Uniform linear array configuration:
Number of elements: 8
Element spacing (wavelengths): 0.5
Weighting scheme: kaiser
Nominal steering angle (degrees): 30
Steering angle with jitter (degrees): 31.918
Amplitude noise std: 0.05
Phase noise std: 0.05

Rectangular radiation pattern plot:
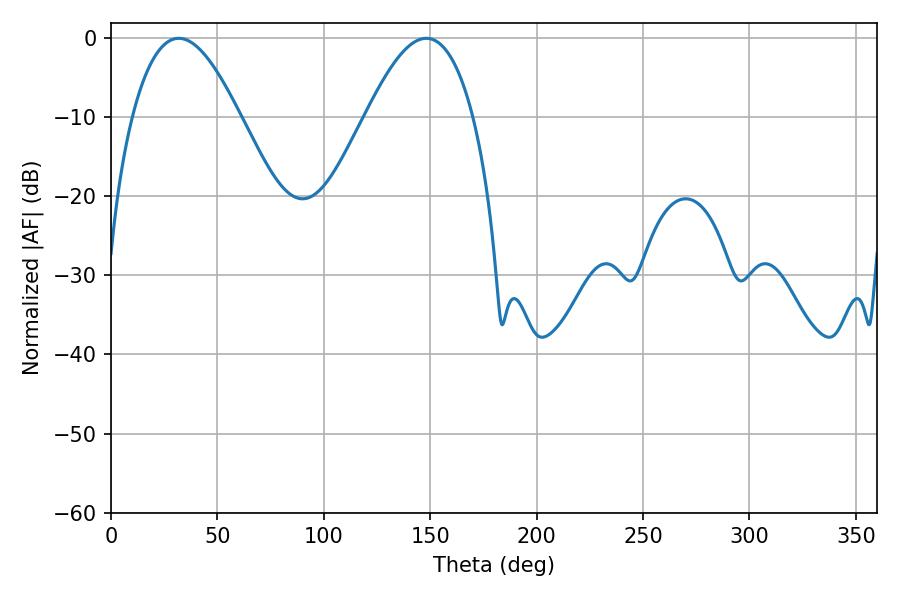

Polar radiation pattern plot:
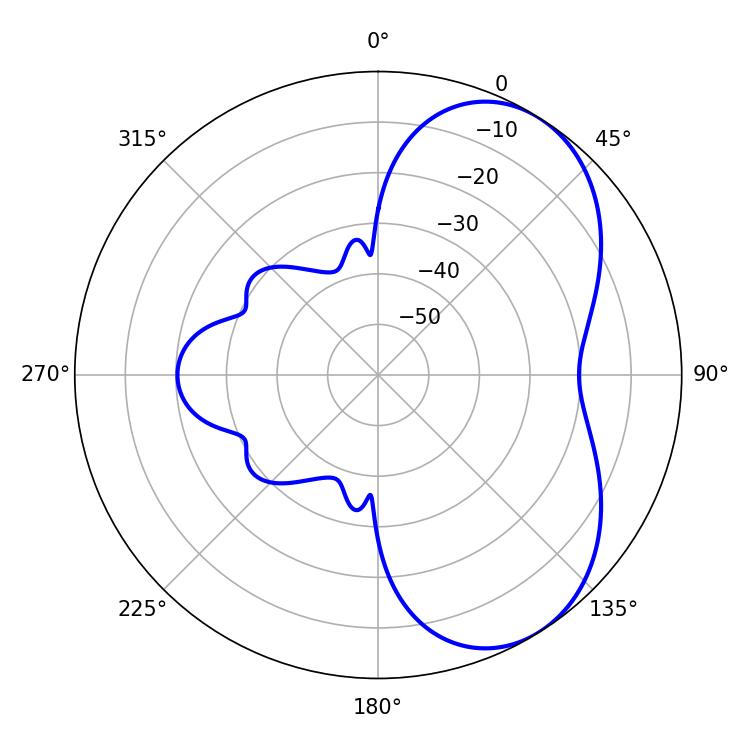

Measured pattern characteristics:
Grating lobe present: FALSE
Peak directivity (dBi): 5.426
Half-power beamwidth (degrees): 27.54
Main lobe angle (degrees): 31.86